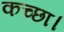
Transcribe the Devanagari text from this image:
कच्छा।